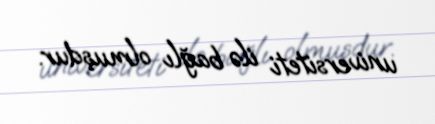
universiteti ilə bağlı olmuşdur.